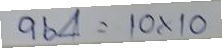
964 = 10x10